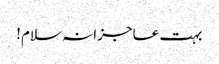
بہت عاجزانہ سلام!